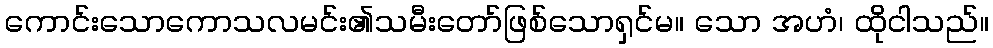
ကောင်းသောကောသလမင်း၏သမီးတော်ဖြစ်သောရှင်မ။ သော အဟံ၊ ထိုငါသည်။